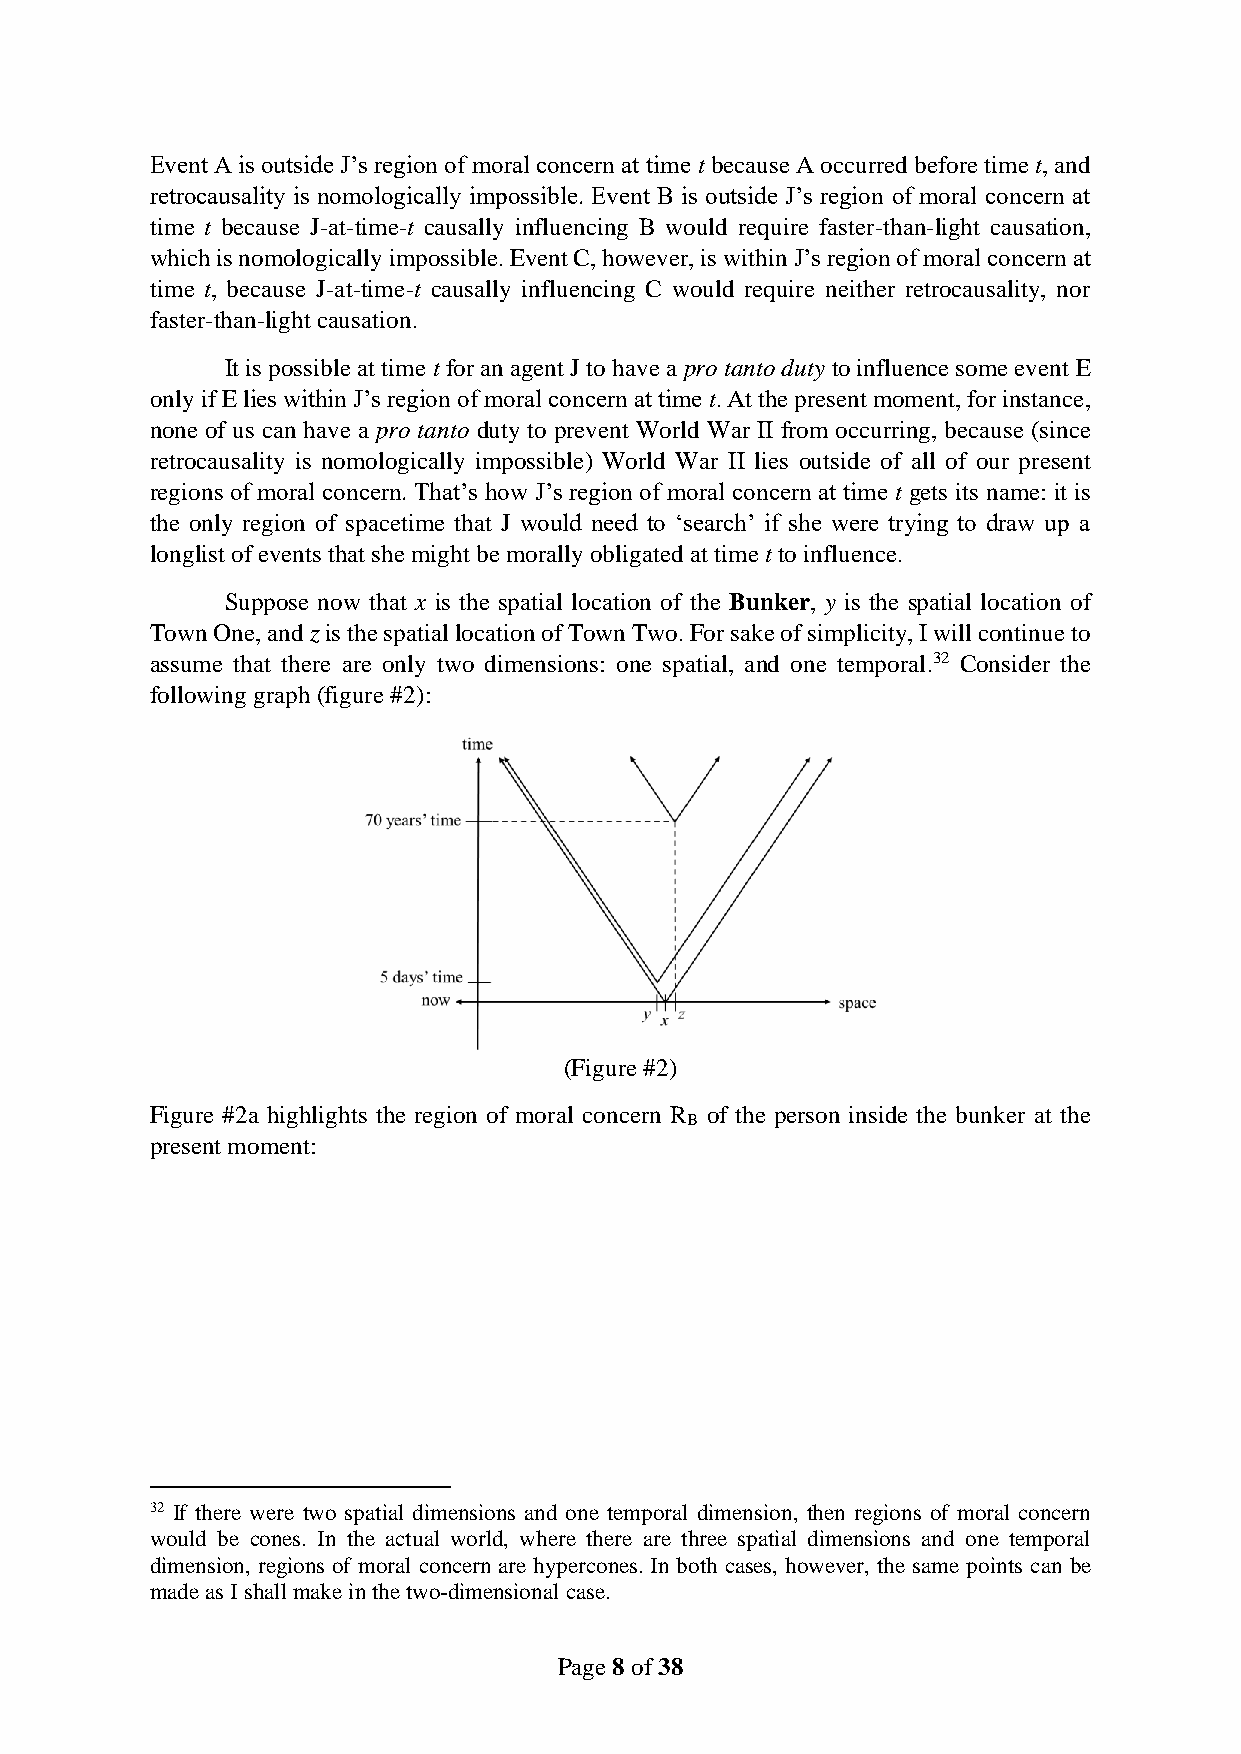
Event A is outside J’s region of moral concern at time t because A occurred before time t, and
 retrocausality is nomologically impossible. Event B is outside J’s region of moral concern at
 time t because J-at-time-t causally influencing B would require faster-than-light causation,
 which is nomologically impossible. Event C, however, is within J’s region of moral concern at
 time t, because J-at-time-t causally influencing C would require neither retrocausality, nor
 faster-than-light causation.
 It is possible at time t for an agent J to have a pro tanto duty to influence some event E
 only if E lies within J’s region of moral concern at time t. At the present moment, for instance,
 none of us can have a pro tanto duty to prevent World War II from occurring, because (since
 retrocausality is nomologically impossible) World War II lies outside of all of our present
 regions of moral concern. That’s how J’s region of moral concern at time t gets its name: it is
 the only region of spacetime that J would need to ‘search’ if she were trying to draw up a
 longlist of events that she might be morally obligated at time t to influence.
 Suppose now that x is the spatial location of the Bunker, y is the spatial location of
 Town One, and z is the spatial location of Town Two. For sake of simplicity, I will continue to
 assume that there are only two dimensions: one spatial, and one temporal.32 Consider the
 following graph (figure #2):
 (Figure #2)
 Figure #2a highlights the region of moral concern R of the person inside the bunker at the
 B
 present moment:
 32 If there were two spatial dimensions and one temporal dimension, then regions of moral concern
 would be cones. In the actual world, where there are three spatial dimensions and one temporal
 dimension, regions of moral concern are hypercones. In both cases, however, the same points can be
 made as I shall make in the two-dimensional case.
 Page 8 of 38